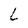
Character: L